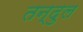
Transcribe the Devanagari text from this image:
तन्दुल